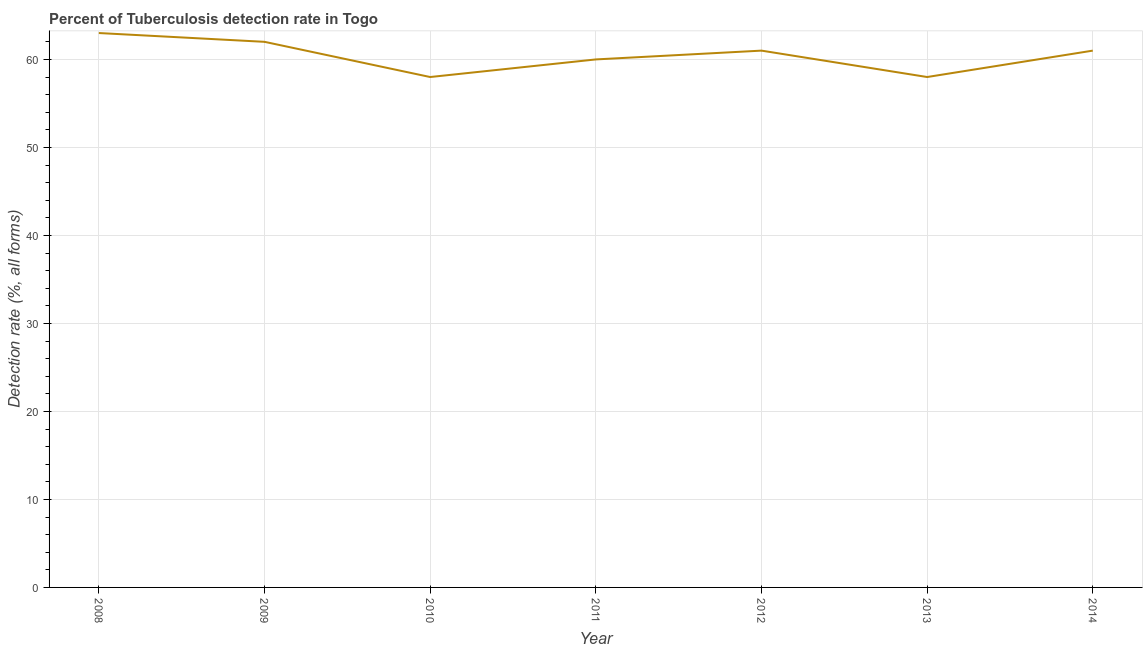
| Year | Tuberculosis case detection rate |
 | --- | --- |
 | 2008 | 63 |
 | 2009 | 62 |
 | 2010 | 58 |
 | 2011 | 60 |
 | 2012 | 61 |
 | 2013 | 58 |
 | 2014 | 61 |